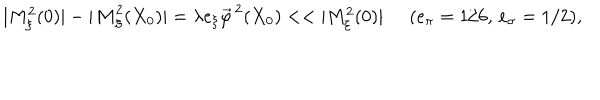
| M _ { \xi } ^ { 2 } ( 0 ) | - | { \cal M } _ { \xi } ^ { 2 } ( X _ { 0 } ) | = \lambda e _ { \xi } \vec { \varphi } ^ { \, 2 } ( X _ { 0 } ) < < | M _ { \xi } ^ { 2 } ( 0 ) | \; \; ( e _ { \pi } = 1 / 6 , \, e _ { \sigma } = 1 / 2 ) ,